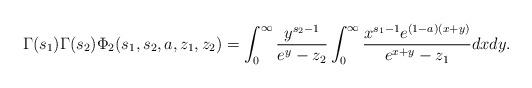
LaTeX: \begin{align*}\Gamma (s_1) \Gamma (s_2) \Phi_2 (s_1,s_2, a, z_1,z_2) = \int_0^\infty \frac{y^{s_2-1}}{e^y-z_2} \int_0^\infty \frac{x^{s_1-1}e^{(1-a)(x+y)}}{e^{x+y}-z_1} dx dy.\end{align*}